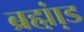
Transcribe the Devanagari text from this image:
ब्रह्म़ा़ंड